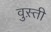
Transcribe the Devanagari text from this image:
वुस़्ती